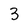
Character: 3